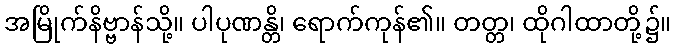
အမြိုက်နိဗ္ဗာန်သို့။ ပါပုဏန္တိ၊ ရောက်ကုန်၏။ တတ္တ၊ ထိုဂါထာတို့၌။